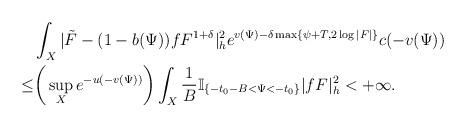
LaTeX: \begin{align*}&\int_{X}|\tilde{F}-(1-b(\Psi))fF^{1+\delta}|_{h}^2e^{v(\Psi)-\delta \max\{\psi+T,2\log|F|\}}c(-v(\Psi))\\\le &\bigg(\sup_{X}e^{-u(-v(\Psi))}\bigg)\int_{X}\frac{1}{B}\mathbb{I}_{\{-t_0-B<\Psi<-t_0\}} |fF|^2_h<+\infty.\end{align*}